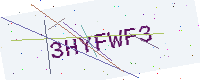
Text: 3HYFWF3